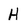
Character: H